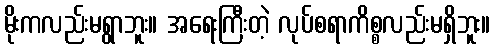
မိုးကလည်းမရွာဘူး။ အရေးကြီးတဲ့ လုပ်စရာကိစ္စလည်းမရှိဘူး။